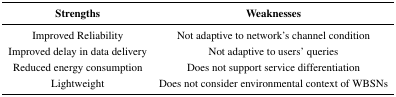
<table><thead><tr><td><b>Strengths</b></td><td><b>Weaknesses</b></td></tr></thead><tbody><tr><td>Improved Reliability</td><td>Not adaptive to network&#x27;s channel condition</td></tr><tr><td>Improved delay in data delivery</td><td>Not adaptive to users&#x27; queries</td></tr><tr><td>Reduced energy consumption</td><td>Does not support service differentiation</td></tr><tr><td>Lightweight</td><td>Does not consider environmental context of WBSNs</td></tr></tbody></table>